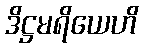
ဒိဋ္ဌမရိယေဟိ